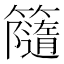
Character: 𥶻